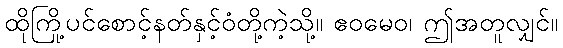
ထိုကြို့ပင်စောင့်နတ်နှင့်ဝံတို့ကဲ့သို့။ ဧဝမေဝ၊ ဤအတူလျှင်။